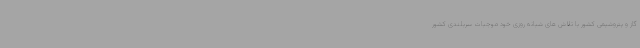
گاز و پتروشیمی کشور با تلاش های شبانه روزی خود موجبات سربلندی کشور